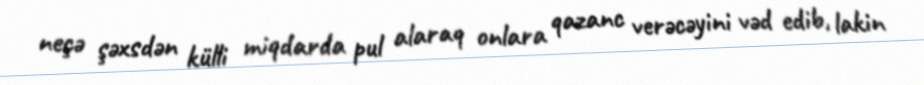
neçə şəxsdən külli miqdarda pul alaraq onlara qazanc verəcəyini vəd edib, lakin